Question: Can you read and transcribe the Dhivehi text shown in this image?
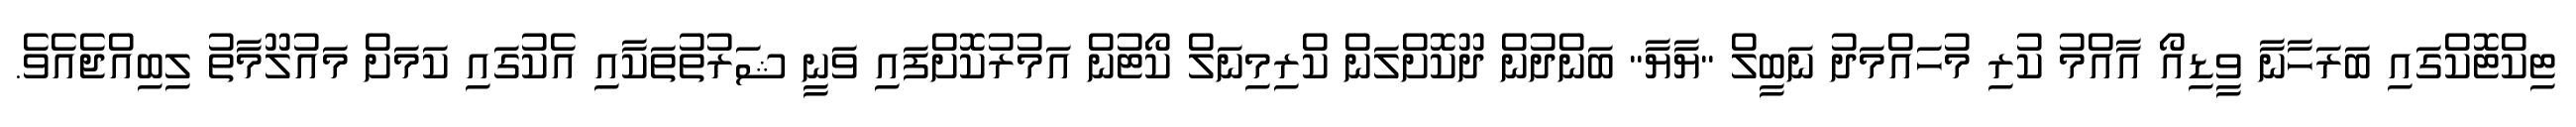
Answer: ޓިކްޓޮކްގައި ބަރަހާނާ ވީޑިއޯ އާއްމު ކުރި މުހައްމަދު ނަބީލް "ޔާޔާ" ބަންދުން ދޫކޮށްލަން ކްރިމިނަލް ކޯޓުން އަމުރުކޮށްފައި ވަނީ ޝަރުތުތަކާއި އެކުގައި ކަމަށް މައުލޫމާތު ލިބިއްޖެއެވެ.